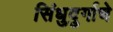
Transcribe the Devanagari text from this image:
सिंधुदुर्गाचे